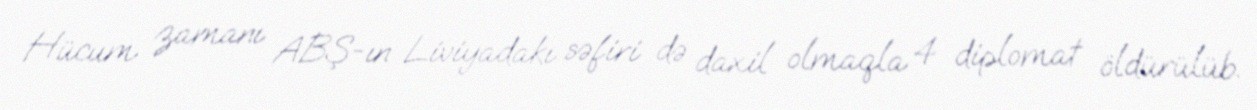
Hücum zamanı ABŞ-ın Liviyadakı səfiri də daxil olmaqla 4 diplomat öldürülüb.